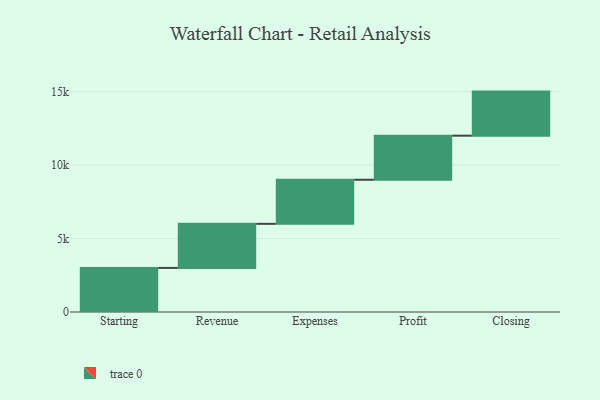
{"axis": {"x": "Step", "y": "Value"}, "legend": [""], "data": [{"x": "Starting", "y": 3000, "type": ""}, {"x": "Revenue", "y": 3000, "type": ""}, {"x": "Expenses", "y": 3000, "type": ""}, {"x": "Profit", "y": 3000, "type": ""}, {"x": "Closing", "y": 3000, "type": ""}]}